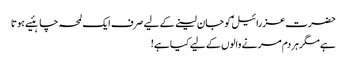
حضرت عزرائیلؑ کو جان لینے کے لیے صرف ایک لمحہ چاہئیے ہوتا
ہے مگرہر دم مر نے والوں کے لیے کیا ہے!